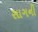
સાગની